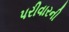
પરીવારની